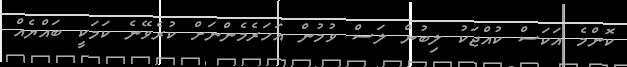
ކޮންމެ އަކަސް ކުއްޖަކު ލިބުން ލަސް ވުމުން އަހަރެމެންނަށް ކުރެވޭނެ ކަމަކީ ބައްޔެއް